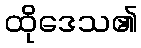
ထိုဒေသ၏